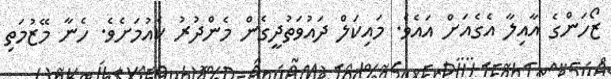
ޒޯހަންގެ އާއިލާ އެގެއަށް އައެވެ. މައިކަލް ދައުވަތުދީގެން މެންދުރު ކެއުމަށެވެ. ހެނާ މޭޒުމަތި